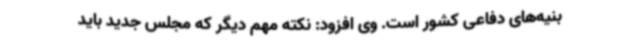
بنیه‌های دفاعی کشور است. وی افزود: نکته مهم دیگر که مجلس جدید باید